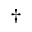
\dagger